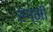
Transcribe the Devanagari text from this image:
रग्मी